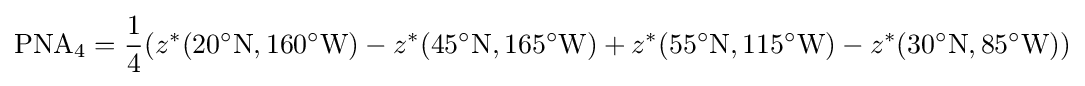
{\text{PNA}}_{4}={\frac {1}{4}}(z^{*}(20^{\circ }{\text{N}},160^{\circ }{\text{W}})-z^{*}(45^{\circ }{\text{N}},165^{\circ }{\text{W}})+z^{*}(55^{\circ }{\text{N}},115^{\circ }{\text{W}})-z^{*}(30^{\circ }{\text{N}},85^{\circ }{\text{W}}))